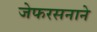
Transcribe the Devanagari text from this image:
जेफरसनाने